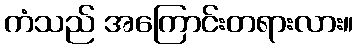
ကံသည် အကြောင်းတရားလား။